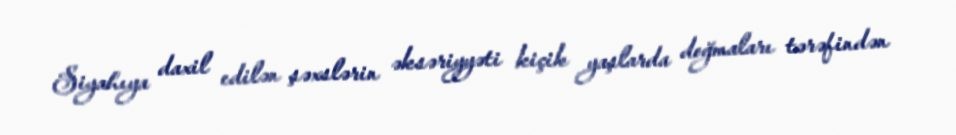
Siyahıya daxil edilən şəxslərin əksəriyyəti kiçik yaşlarda doğmaları tərəfindən